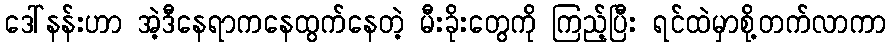
ဒေါ်နန်းဟာ အဲ့ဒီနေရာကနေထွက်နေတဲ့ မီးခိုးတွေကို ကြည့်ပြီး ရင်ထဲမှာစို့တက်လာကာ